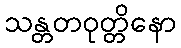
သန္တတဝုတ္တိနော